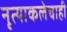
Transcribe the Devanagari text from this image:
नृत्याकलेचाही